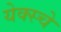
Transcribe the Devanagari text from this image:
येक्स्चे